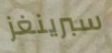
سبرينغز